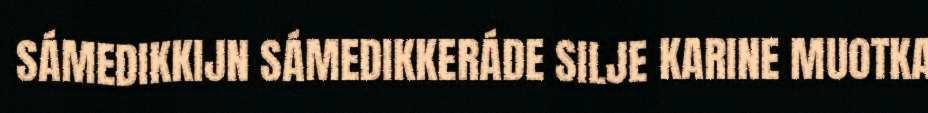
SÁMEDIKKIJN SÁMEDIKKERÁDE SILJE KARINE MUOTKA